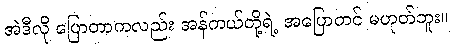
အဲဒီလို ပြောတာကလည်း အန်ကယ်တို့ရဲ့ အပြောတင် မဟုတ်ဘူး။